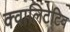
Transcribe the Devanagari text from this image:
क्वालिटेटिव